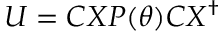
U = C X P ( \boldsymbol { \theta } ) C X ^ { \dagger }